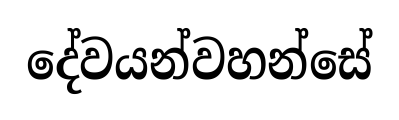
දේවයන්වහන්සේ